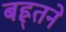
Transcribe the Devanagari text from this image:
बह्र्तने